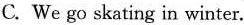
C. We go skating in winter.